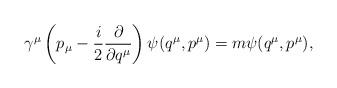
LaTeX: \begin{align*} \gamma^{\mu}\left(p_{\mu}-\frac{i}{2}\frac{\partial}{\partial q^{\mu}}\right)\psi(q^{\mu},p^{\mu})=m\psi(q^{\mu},p^{\mu}),\end{align*}